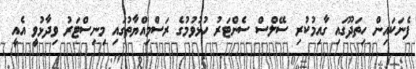
ފެނަކައިން ހިތަދޫގައި ގާއިމުކުރި ސޭލްސް ސެންޓަރު ހުޅުވުމުގެ ރަސްމިއްޔާތުގައި މިނިސްޓަރު ވިދާޅުވީ އެއީ